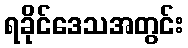
ရခိုင်ဒေသအတွင်း